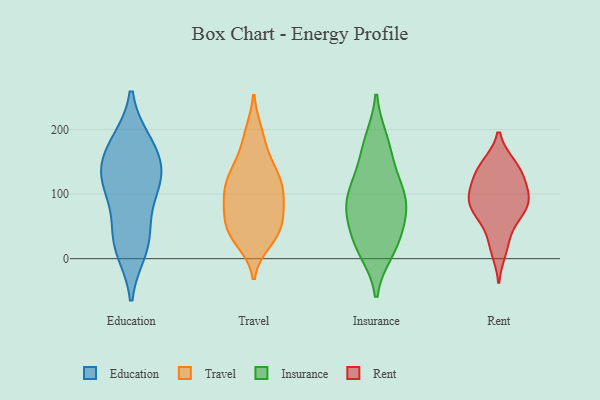
{"axis": {"x": "Inventory Turnover", "y": "Value"}, "legend": ["Education", "Insurance", "Rent", "Travel"], "data": [{"x": "", "y": 109, "type": "Education"}, {"x": "", "y": 178, "type": "Education"}, {"x": "", "y": 103, "type": "Education"}, {"x": "", "y": 16, "type": "Education"}, {"x": "", "y": 178, "type": "Education"}, {"x": "", "y": 150, "type": "Education"}, {"x": "", "y": 139, "type": "Education"}, {"x": "", "y": 31, "type": "Education"}, {"x": "", "y": 123, "type": "Education"}, {"x": "", "y": 33, "type": "Education"}, {"x": "", "y": 82, "type": "Travel"}, {"x": "", "y": 77, "type": "Travel"}, {"x": "", "y": 154, "type": "Travel"}, {"x": "", "y": 39, "type": "Travel"}, {"x": "", "y": 123, "type": "Travel"}, {"x": "", "y": 124, "type": "Travel"}, {"x": "", "y": 194, "type": "Travel"}, {"x": "", "y": 28, "type": "Travel"}, {"x": "", "y": 117, "type": "Travel"}, {"x": "", "y": 82, "type": "Travel"}, {"x": "", "y": 48, "type": "Travel"}, {"x": "", "y": 190, "type": "Travel"}, {"x": "", "y": 45, "type": "Travel"}, {"x": "", "y": 89, "type": "Travel"}, {"x": "", "y": 119, "type": "Travel"}, {"x": "", "y": 100, "type": "Travel"}, {"x": "", "y": 46, "type": "Travel"}, {"x": "", "y": 37, "type": "Travel"}, {"x": "", "y": 141, "type": "Travel"}, {"x": "", "y": 73, "type": "Insurance"}, {"x": "", "y": 12, "type": "Insurance"}, {"x": "", "y": 76, "type": "Insurance"}, {"x": "", "y": 175, "type": "Insurance"}, {"x": "", "y": 106, "type": "Insurance"}, {"x": "", "y": 83, "type": "Insurance"}, {"x": "", "y": 16, "type": "Insurance"}, {"x": "", "y": 27, "type": "Insurance"}, {"x": "", "y": 183, "type": "Insurance"}, {"x": "", "y": 115, "type": "Insurance"}, {"x": "", "y": 88, "type": "Insurance"}, {"x": "", "y": 140, "type": "Insurance"}, {"x": "", "y": 43, "type": "Insurance"}, {"x": "", "y": 13, "type": "Rent"}, {"x": "", "y": 140, "type": "Rent"}, {"x": "", "y": 110, "type": "Rent"}, {"x": "", "y": 127, "type": "Rent"}, {"x": "", "y": 143, "type": "Rent"}, {"x": "", "y": 69, "type": "Rent"}, {"x": "", "y": 78, "type": "Rent"}, {"x": "", "y": 108, "type": "Rent"}, {"x": "", "y": 68, "type": "Rent"}, {"x": "", "y": 88, "type": "Rent"}, {"x": "", "y": 29, "type": "Rent"}, {"x": "", "y": 86, "type": "Rent"}, {"x": "", "y": 93, "type": "Rent"}, {"x": "", "y": 145, "type": "Rent"}]}